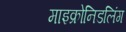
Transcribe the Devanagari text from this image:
माइक्रोनिडलिंग